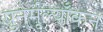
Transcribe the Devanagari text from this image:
पुनर्मूल्याँकन